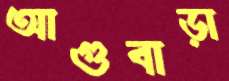
আগুবাড়া